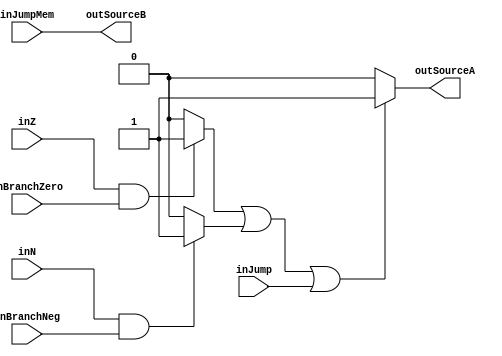
`timescale 1ns / 1ps
//////////////////////////////////////////////////////////////////////////////////
// Company: 
// Engineer: 
// 
// Design Name: 
// Module Name: PCSource
// Project Name: 
// Target Devices: 
// Tool Versions: 
// Description: 
// 
// Dependencies: 
// 
// Revision:
// Revision 0.01 - File Created
// Additional Comments:
// 
//////////////////////////////////////////////////////////////////////////////////


module PCSource(inN, inZ, inBranchNeg, inBranchZero, inJump, inJumpMem, outSourceA, outSourceB);

input inN, inZ, inBranchNeg, inBranchZero, inJump, inJumpMem;
output reg outSourceA;
output reg outSourceB;


reg BranchNeg_out, BranchZero_out, BranchResult;

always @(inN or inZ or inBranchNeg or inBranchZero or inJump or inJumpMem)
begin
    //AND Zero
    if(inZ && inBranchZero)
        BranchZero_out = 1;
    else
        BranchZero_out = 0;

    //AND Negative
    if(inN && inBranchNeg)
        BranchNeg_out = 1;
    else
        BranchNeg_out = 0;
    
    //OR Negative, Zero, and Jump
    if(BranchZero_out || BranchNeg_out || inJump)
        BranchResult = 1;
    else
        BranchResult = 0;
        
 
    outSourceA = BranchResult;
    outSourceB = inJumpMem;
end

endmodule